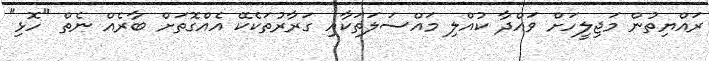
ރައްޔިތުން މަޖިލީހަށް ވައްދާ ކުއްލި މައްސަލަތަކާއި ގަރާރުތަކެކޭ އެއްގޮތަށް ބާރެއް ނެތް "ހޮޅި"